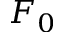
F _ { 0 }